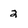
Character: 2